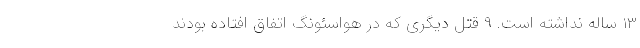
۱۳ ساله نداشته است. ۹ قتل دیگری که در هواسئونگ اتفاق افتاده بودند